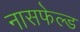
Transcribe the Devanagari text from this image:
नासफेल्ड